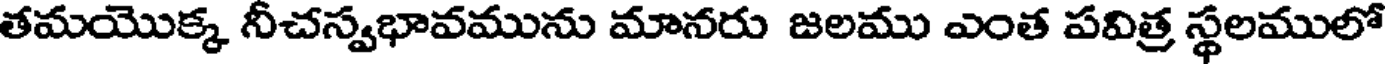
తమయొక్క నీచస్వభావమును మానరు జలము ఎంత పవిత్ర స్థలములో